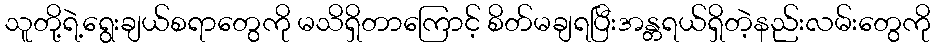
သူတို့ရဲ့ရွေးချယ်စရာတွေကို မသိရှိတာကြောင့် စိတ်မချရပြီးအန္တရယ်ရှိတဲ့နည်းလမ်းတွေကို